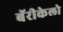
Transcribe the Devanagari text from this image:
बॅरीकेलो